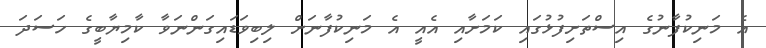
އެ މަނިކުފާނުގެ އިސްތަށިފުޅުގައި ކަމަށާއި އެއީ އެ މަނިކުފާނަށް ލިބިވަޑައިގަންނަވާ ކާމިޔާބީގެ ހަސަދަ